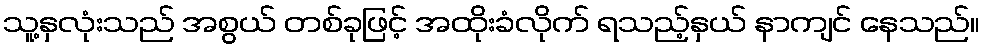
သူ့နှလုံးသည် အစွယ် တစ်ခုဖြင့် အထိုးခံလိုက် ရသည့်နှယ် နာကျင် နေသည်။